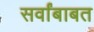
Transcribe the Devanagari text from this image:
सर्वांबाबत